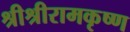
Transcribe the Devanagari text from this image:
श्रीश्रीरामकृष्ण